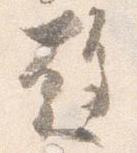
趨